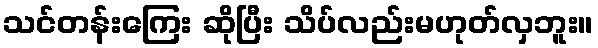
သင်တန်းကြေး ဆိုပြီး သိပ်လည်းမဟုတ်လှဘူး။